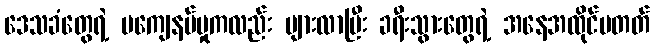
ဒေသခံတွေရဲ့ မကျေနပ်မှုကလည်း များလာပြီး ခရီးသွားတွေရဲ့ အနေအထိုင်မတတ်